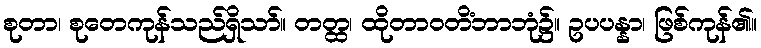
စုတာ၊ စုတေကုန်သည်ရှိသာ်။ တတ္ထ၊ ထိုတာဝတိံဘာဘုံ၌။ ဥပပန္နာ၊ ဖြစ်ကုန်၏။